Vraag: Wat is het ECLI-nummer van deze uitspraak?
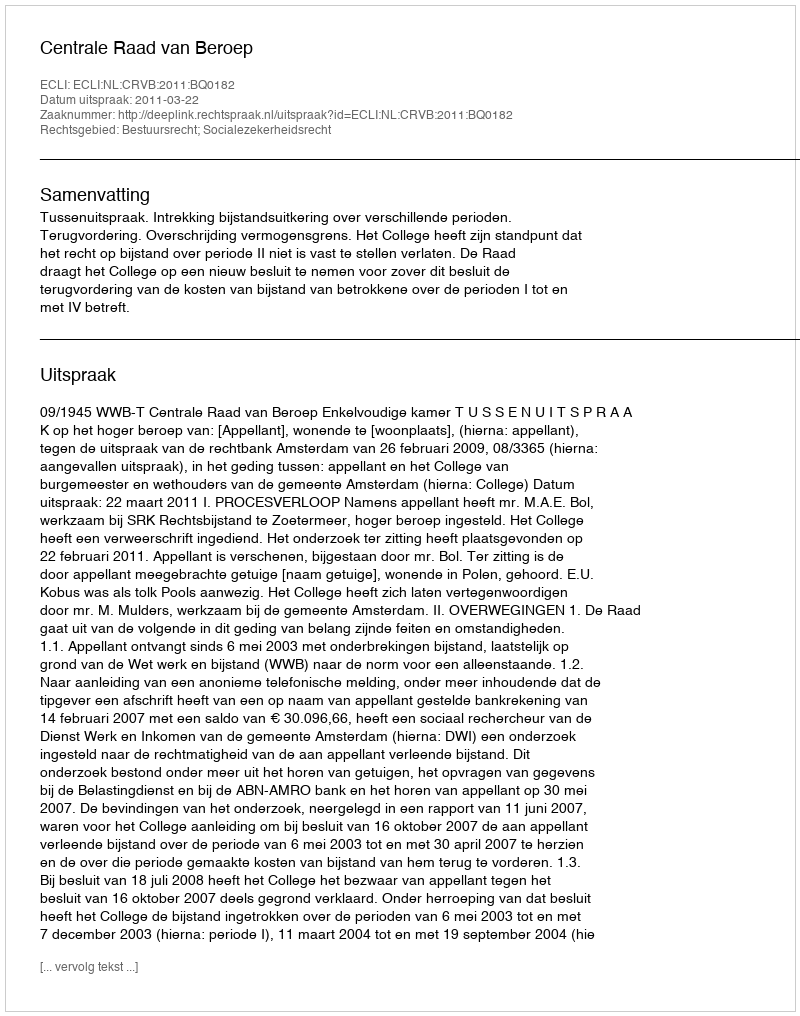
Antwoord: ECLI:NL:CRVB:2011:BQ0182